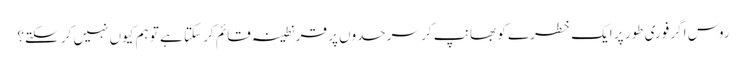
روس اگر فوری طور پر ایک خطرے کو بھانپ کر سرحدوں پر قرنطینہ قائم کر سکتا ہے تو ہم کیوں نہیں کر سکتے؟